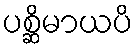
ပစ္ဆိမာယပိ